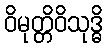
ဝိမုတ္တိဝိသုဒ္ဓိ